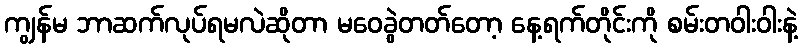
ကျွန်မ ဘာဆက်လုပ်ရမလဲဆိုတာ မဝေခွဲတတ်တော့ နေ့ရက်တိုင်းကို စမ်းတဝါးဝါးနဲ့